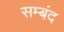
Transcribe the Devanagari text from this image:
सम्बंद